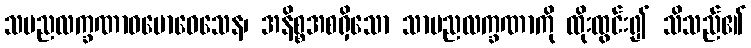
သမညလက္ခဏာဝဗောဝေသေန၊ အနိစ္စအစရှိသော သာမညလက္ခဏာကို ထိုးထွင်း၍ သိသည်၏